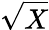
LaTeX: \sqrt{X}